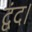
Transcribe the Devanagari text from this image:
द्वंद।